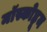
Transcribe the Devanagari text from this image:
मॉस्कोहून